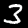
Label: 3